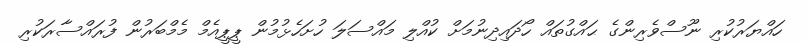
ހައްޔަރުކުރި ނޫސްވެރިންގެ ޙައްގުތައް ހޯދައިދިނުމަށް ކުއްލި މައްސަލަ ހުށަހެޅުމުން ޕީޕީއެމް މެމްބަރުން ފުރައްސާރަކުރި